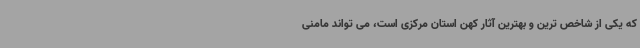
که یکی از شاخص ترین و بهترین آثار کهن استان مرکزی است، می تواند مامنی